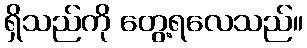
ရှိသည်ကို တွေ့ရလေသည်။